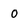
Character: O